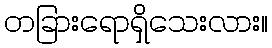
တခြားရောရှိသေးလား။